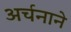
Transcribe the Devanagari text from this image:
अर्चनाने